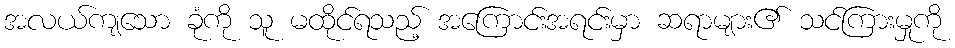
အလယ်ကျသော ခုံကို သူ မထိုင်ရသည့် အကြောင်းအရင်းမှာ ဆရာများ၏ သင်ကြားမှုကို